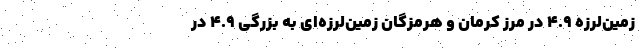
زمین‌لرزه ۴.۹ در مرز کرمان و هرمزگان زمین‌لرزه‌ای به بزرگی ۴.۹ در